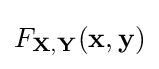
F_{\mathbf {X,Y} }(\mathbf {x,y} )